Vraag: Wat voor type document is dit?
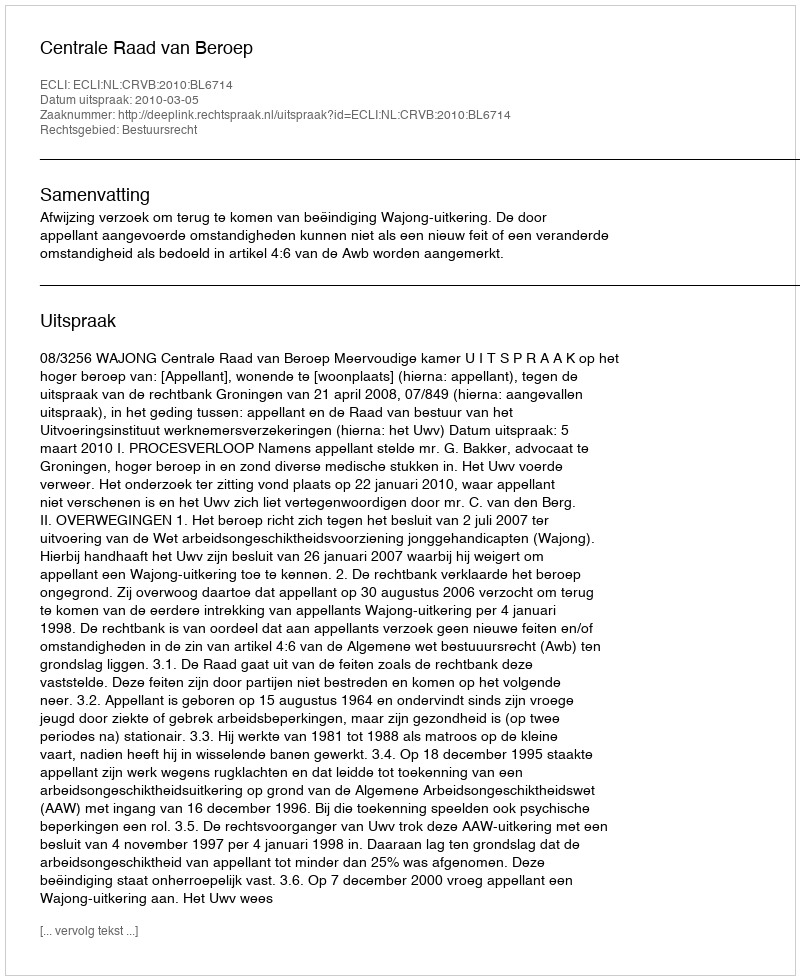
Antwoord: Uitspraak